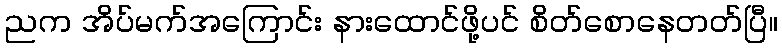
ညက အိပ်မက်အကြောင်း နားထောင်ဖို့ပင် စိတ်စောနေတတ်ပြီ။